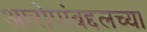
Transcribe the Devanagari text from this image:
आरोपांबद्दलच्या